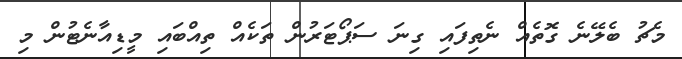
މެޗު ބެލޭނެ ގޮތެއް ނެތިފައި ގިނަ ސަޕޯޓަރުން ތަކެއް ތިއްބައި މީޑިއާނެޓުން މި